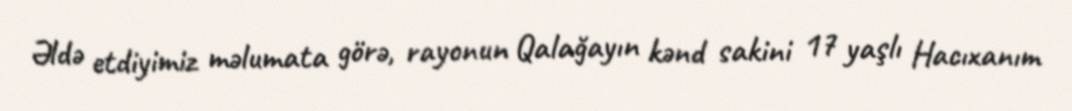
Əldə etdiyimiz məlumata görə, rayonun Qalağayın kənd sakini 17 yaşlı Hacıxanım